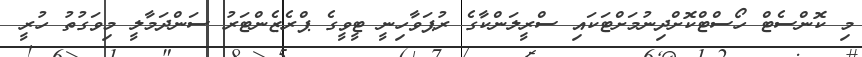
މި ކޮންސެޓް ހޯސްޓްކޮށްދިނުމަށްޓަކައި ސްރީލަންކާގެ ރުޕަވާހިނީ ޓީވީގެ ޕްރެޒެންޓަރު ސަންދަމާލީ މިވަގުތު ހުރީ